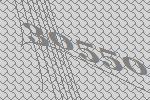
30550